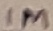
Text: 1M